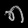
Digit: ၈